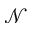
\mathcal { N }